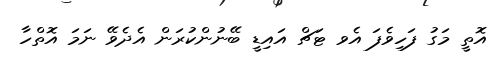
އޮތީ މަގު ފަހިވެފަ އެވ ޓަޗް އައިޑީ ބޭނުންކުރަން އެދެވޭ ނަމަ އޮތްހާ